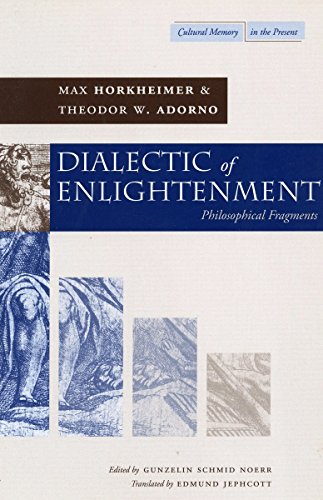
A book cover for Dialectic of Enlightenment (Cultural Memory in the Present); Max Horkheimer; Crafts, Hobbies & Home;